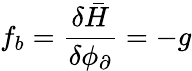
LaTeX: f_{b}=\frac{\delta\bar{H}}{\delta\phi_{\partial}}=-g